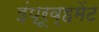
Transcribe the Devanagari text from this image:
इंप्रूव्हमेंट